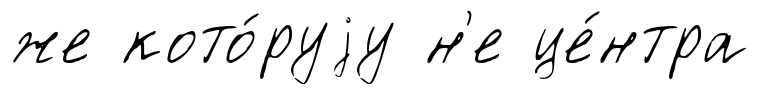
же кото́руjу н'е це́нтра